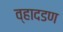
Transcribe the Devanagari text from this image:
व्हादडण